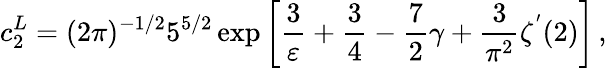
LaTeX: c_{2}^{L}=(2\pi)^{-1/2}5^{5/2}\exp\left[\frac{3}{\varepsilon}+\frac{3}{4}-\frac{7}{2}\gamma+\frac{3}{\pi^{2}}\zeta^{'}(2)\right]\, ,